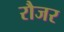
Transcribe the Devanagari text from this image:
रौजर